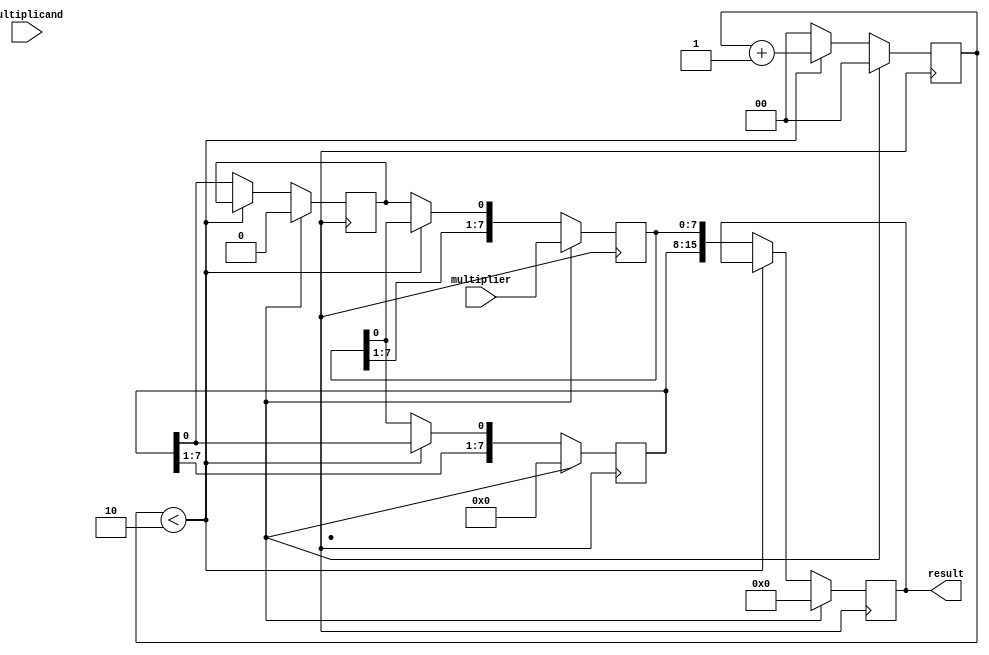
module booth_multiplier(input [7:0] multiplicand, multiplier,
                          output reg [15:0] result);

  reg [7:0] A_reg;
  reg [7:0] Q_reg;
  reg [1:0] count;
  reg shifted;

  always @(posedge clk) begin
    if(reset)
      begin
        A_reg <= 8'd0;
        Q_reg <= multiplier;
        count <= 2'd0;
        result <= 16'd0;
        shifted <= 1'd0;
      end
    else begin
      if (count < 2)
        count <= count + 1;
      else begin
        case({A_reg[0], Q_reg[0]})
          2'b00: begin  // A = A - Q
            A_reg <= A_reg + multiplier;
          end
          2'b10: begin  // A = A + Q
            A_reg <= A_reg + multiplicand;
          end
          default: begin  // do nothing
          end
        endcase
        
        result <= {A_reg, Q_reg};
        
        // shift A_reg and Q_reg
        shifted <= A_reg[0];
        A_reg <= {A_reg[7:1], Q_reg[0]};
        Q_reg <= {Q_reg[7:1], shifted};
        
        count <= 2'd0;
      end
    end
  end

endmodule